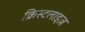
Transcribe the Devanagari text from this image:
क्रिस्टलाइज़